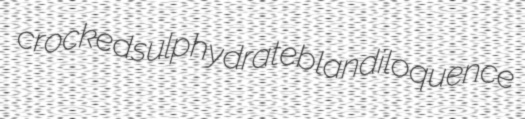
crocked sulphydrate blandiloquence